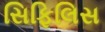
સિફિલિસ